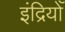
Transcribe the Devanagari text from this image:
इंद्रियोँ